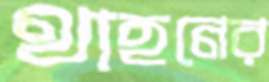
থাহনের